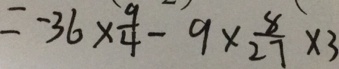
= - 3 6 \times \frac { 9 } { 4 } - 9 \times \frac { 8 } { 2 7 } \times 3